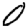
Digit: 0